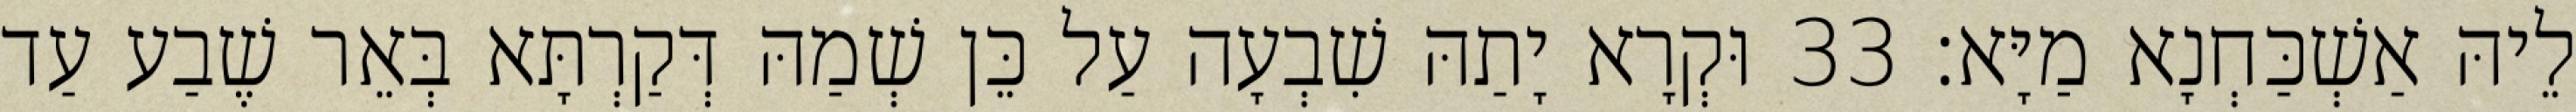
לֵיהּ אַשְׁכַּחְנָא מַיָּא׃ 33 וּקְרָא יָתַהּ שִׁבְעָה עַל כֵּן שְׁמַהּ דְּקַרְתָּא בְּאֵר שֶׁבַע עַד